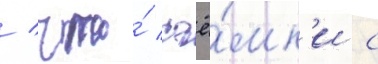
/ что́ съё́мк'и с